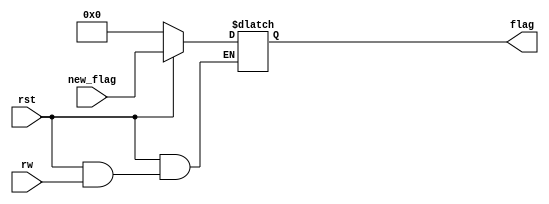
//////////////////////////////////////////////////////////////////////////////////
// high effective
// 0: zero flag             ---HE
// 1: carry flag            ---HE
// 2: Integer overflow flag ---HE
// 3: warning flag          ---HE
// 4: sign flag             ---HE
//////////////////////////////////////////////////////////////////////////////////

module Flag(rst, rw, new_flag, flag);
// TODO: remove Latch
    input rst, rw;
    input [31:0] new_flag;
    output [31:0] flag;

    reg [31:0] flag_temp;
//----------------------------------------------------------------

    always @(*)
    begin
        if (!rst)
            flag_temp = 32'h0;
        else if (!rw)
            // // overflow neglected sometimes
            // if (new_flag[2] == 1'bz)
            //     new_flag[2] = flag_temp[2];
            flag_temp = new_flag;
        else
            flag_temp = flag_temp;
    end

    assign flag = flag_temp;

endmodule